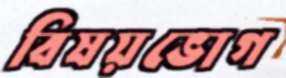
বিষয়ভোগ